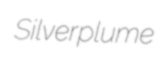
Silverplume